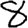
Digit: 8